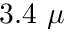
3 . 4 ~ \mu